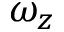
\omega _ { z }